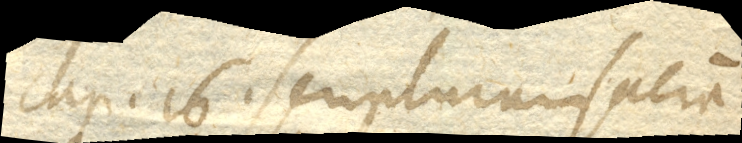
Cap. 16. Scripturam sacram